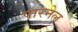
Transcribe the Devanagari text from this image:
पारनेल